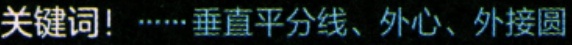
关键词！······垂直平分线、外心、外接圆